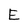
Character: E